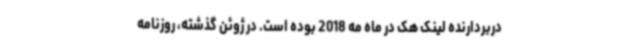
دربردارنده لینک هک در ماه مه 2018 بوده است. در ژوئن گذشته، روزنامه